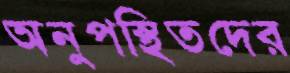
অনুপস্থিতদের